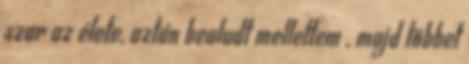
szar az élete, aztán bealudt mellettem , majd többet